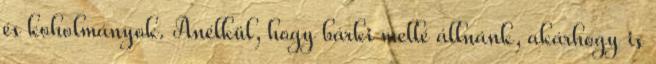
és koholmányok. Anélkül, hogy bárki mellé állnánk, akárhogy is